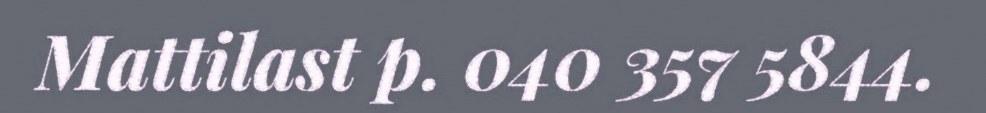
Mattilast p. 040 357 5844.